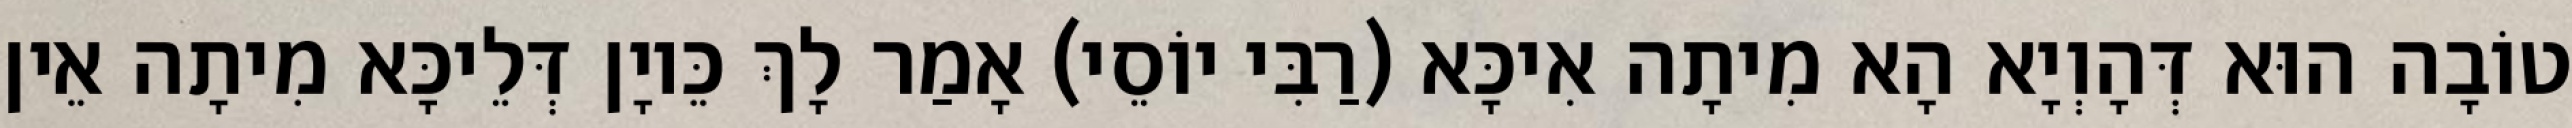
טוֹבָה הוּא דְּהָוְיָא הָא מִיתָה אִיכָּא (רַבִּי יוֹסֵי) אָמַר לָךְ כֵּיוָן דְּלֵיכָּא מִיתָה אֵין